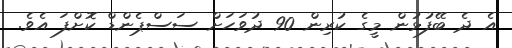
އެ ދެ ބޭފުޅުން މީގެ ކުރިން 90 ދުވަހަށް ސަސްޕެންޑް ކޮށްފަ އެވެ.